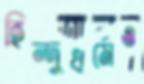
হিন্দুধর্মেও